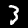
Digit: 3